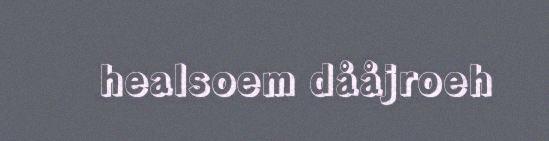
healsoem dååjroeh